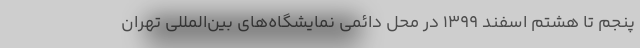
پنجم تا هشتم اسفند 1399 در محل دائمی نمایشگاه‌های بین‌المللی تهران